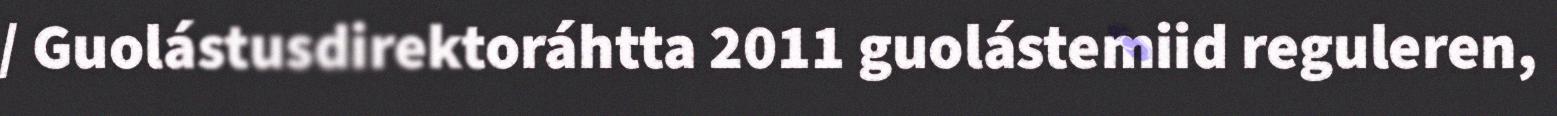
/ Guolástusdirektoráhtta 2011 guolástemiid reguleren,